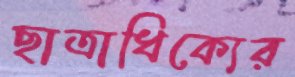
ছাত্রাধিক্যের